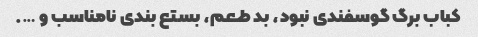
کباب برگ گوسفندی نبود، بد طعم، بستع بندی نامناسب و ….